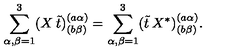
\sum _ { \alpha , \beta = 1 } ^ { 3 } ( X \: \tilde { t } ) _ { ( b \beta ) } ^ { ( a \alpha ) } = \sum _ { \alpha , \beta = 1 } ^ { 3 } ( \tilde { t } \: X ^ { * } ) _ { ( b \beta ) } ^ { ( a \alpha ) } .